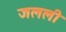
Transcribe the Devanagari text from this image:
जलली